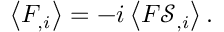
\left\langle F _ { , i } \right\rangle = - i \left\langle F { \mathcal { S } } _ { , i } \right\rangle .